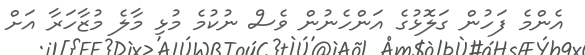
އެންމެ ފަހުން ގަލޮޅުގެ އަންހެނުން ވެސް ނުކުމެ މުޅި މާލެ މުޒާހަރާ އަށް